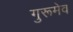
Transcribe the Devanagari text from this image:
गुरूमेव